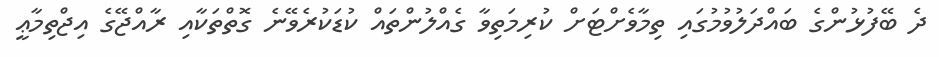
ދެ ބޭފުޅުންގެ ބައްދަލުވުމުގައި ތިމާވެށްޓަށް ކުރިމަތިވާ ގެއްލުންތައް ކުޑަކުރެވޭނެ ގޮތްތަކާއި ރާއްޖޭގެ އިޖްތިމާޢީ